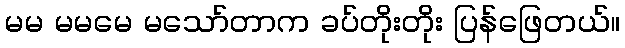
မမ မမမေ မသော်တာက ခပ်တိုးတိုး ပြန်ဖြေတယ်။